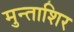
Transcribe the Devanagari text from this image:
मुन्ताशिर